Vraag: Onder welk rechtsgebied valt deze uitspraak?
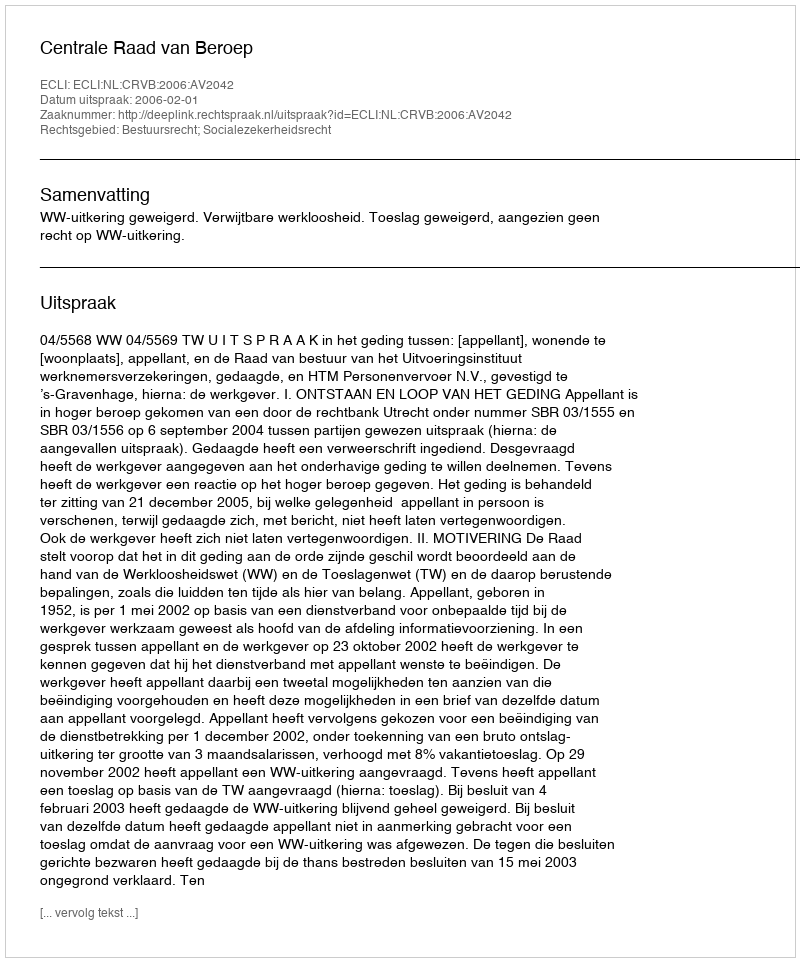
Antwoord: Bestuursrecht; Socialezekerheidsrecht